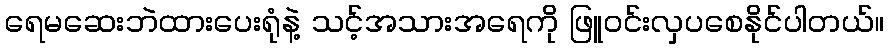
ရေမဆေးဘဲထားပေးရုံနဲ့ သင့်အသားအရေကို ဖြူဝင်းလှပစေနိုင်ပါတယ်။